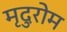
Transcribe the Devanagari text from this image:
मृदुरोम